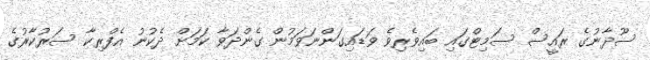
ސޫދާނުގެ ރައީސް ސަމިޓްގައި ބައިވެރިވެ ވަޑައިގަންނަވަމުން ގެންދަވާ ކަމަށް ދެކުނު އެފްރިކާ ސަރުކާރުގެ